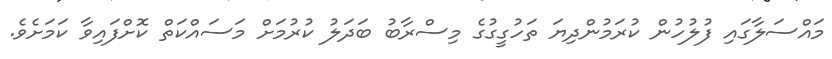
މައްސަލާގައި ފުލުހުން ކުރަމުންދިޔަ ތަހުގީގުގެ މިސްރާބު ބަދަލު ކުރުމަށް މަސައްކަތް ކޮށްފައިވާ ކަމަށެވެ.